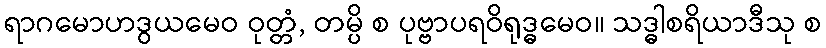
ရာဂမောဟဒွယမေဝ ဝုတ္တံ, တမ္ပိ စ ပုဗ္ဗာပရဝိရုဒ္ဓမေဝ။ သဒ္ဓါစရိယာဒီသု စ